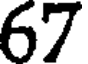
67